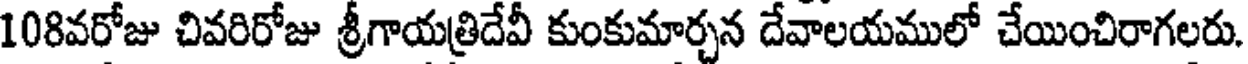
108వరోజు చివరిరోజు శ్రీగాయత్రిదేవీ కుంకుమార్చన దేవాలయములో చేయించిరాగలరు.